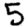
Digit: 5